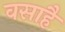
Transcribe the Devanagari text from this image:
वसाहै